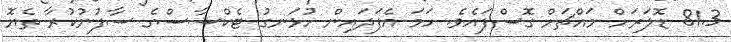
81.3 ޑޮލަރަށް މައްޗަށް ގޮސްފައެވެ. ހަމަ އެފަދައިން ހުޅަނގު ޓެކްސާސްގެ ސާފުނުކުރާ ތެޔޮ